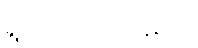
ရွတ်ဆိုအပ်သနည်း။